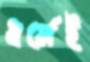
ধর্মেই